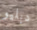
دبليو